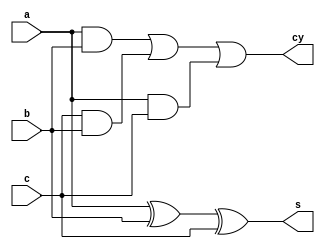
module full_adder(a,b,c,s,cy);
input a,b,c;
output s,cy;
assign s = a ^ b ^ c;
assign cy = (a & b) | (c & b) | (a & c) ;
endmodule